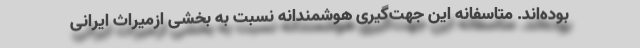
بوده‌اند. متاسفانه این جهت‌گیری هوشمندانه نسبت به بخشی ازمیراث ایرانی